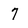
Character: 7